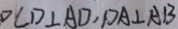
D C D \bot A D , D A \bot A B